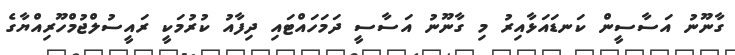
ގާނޫނު އަސާސީން ކަނޑައަޅާއިރު މި ގާނޫނު އަސާސީ ދަމަހައްޓައި ދިފާއު ކުރުމަކީ ރައީސުލްޖުމްހޫރިއްޔާގެ